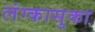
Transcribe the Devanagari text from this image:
लंग्कासुका